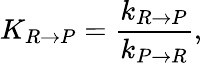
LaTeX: K_{R\rightarrow P}=\frac{k_{R\rightarrow P}}{k_{P\rightarrow R}},